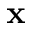
\textbf { x }